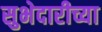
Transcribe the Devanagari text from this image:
सुभेदारीच्या